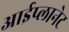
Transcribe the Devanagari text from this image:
आईप्लानेट